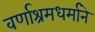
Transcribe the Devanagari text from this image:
वर्णाश्रमधर्माने